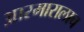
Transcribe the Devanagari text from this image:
आरमारालाच